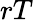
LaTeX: rT